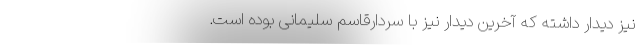
نیز دیدار داشته که آخرین دیدار نیز با سردارقاسم سلیمانی بوده است.